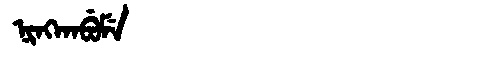
Manchu: ᠨᡳᠩᡴᠠᠪᡠᠮᡝ
Romanization: NINGKABUME